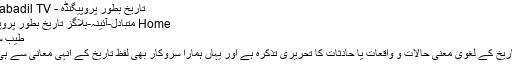
تاریخ بطور پروپیگنڈہ - Mutabadil TV
Home متبادل-آئینہ-بلاگز تاریخ بطور پروپیگنڈہ
طیب سرور
لفظ تاریخ کے لغوی معنی حالات و واقعات یا حادثات کا تحریری تذکرہ ہے اور یہاں ہمارا سروکار بھی لفظ تاریخ کے انہی معانی سے ہی ہے۔